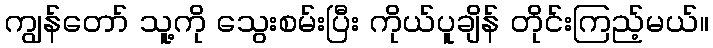
ကျွန်တော် သူ့ကို သွေးစမ်းပြီး ကိုယ်ပူချိန် တိုင်းကြည့်မယ်။